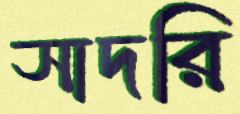
সাদরি